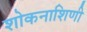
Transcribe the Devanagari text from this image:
शोकनाशिणी